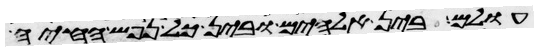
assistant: עולם בין אלהים ובין כל נפש החיה